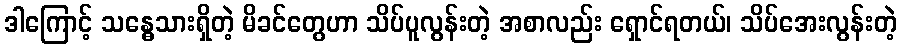
ဒါကြောင့် သန္ဓေသားရှိတဲ့ မိခင်တွေဟာ သိပ်ပူလွန်းတဲ့ အစာလည်း ရှောင်ရတယ်၊ သိပ်အေးလွန်းတဲ့